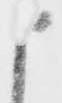
申